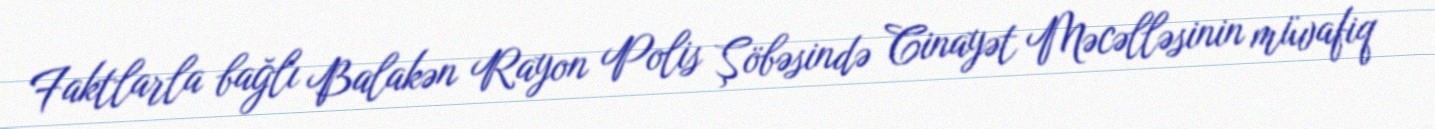
Faktlarla bağlı Balakən Rayon Polis Şöbəsində Cinayət Məcəlləsinin müvafiq